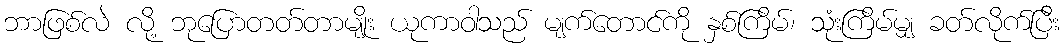
ဘာဖြစ်လဲ လို့ ဘုပြောတတ်တာမျိုး ယုကာဝါသည် မျက်တောင်ကို နှစ်ကြိမ်၊ သုံးကြိမ်မျှ ခတ်လိုက်ပြီး